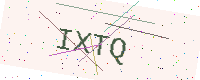
Text: IXTQ